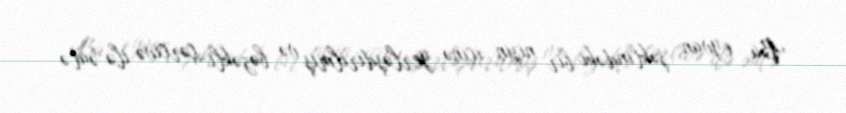
Bu, eyvan şəklindəki bir nişin içinə yerləşdirilmiş və bəzəkli çərçivə ilə əatə